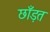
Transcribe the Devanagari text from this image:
छाँड़त